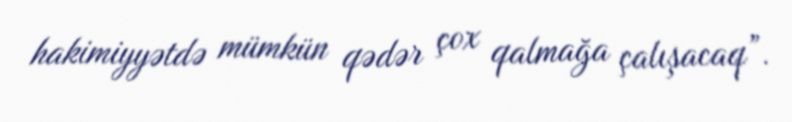
hakimiyyətdə mümkün qədər çox qalmağa çalışacaq”.